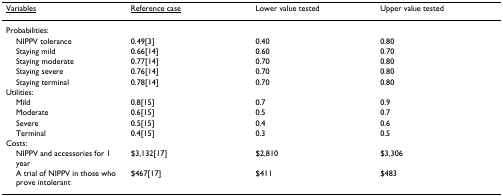
<table><thead><tr><td><b><underline>Variables</underline></b></td><td><b><underline>Reference case</underline></b></td><td><b>Lower value tested</b></td><td><b>Upper value tested</b></td></tr></thead><tbody><tr><td>Probabilities:</td><td></td><td></td><td></td></tr><tr><td> NIPPV tolerance</td><td>0.49[3]</td><td>0.40</td><td>0.80</td></tr><tr><td> Staying mild</td><td>0.66[14]</td><td>0.60</td><td>0.70</td></tr><tr><td> Staying moderate</td><td>0.77[14]</td><td>0.70</td><td>0.80</td></tr><tr><td> Staying severe</td><td>0.76[14]</td><td>0.70</td><td>0.80</td></tr><tr><td> Staying terminal</td><td>0.78[14]</td><td>0.70</td><td>0.80</td></tr><tr><td>Utilities:</td><td></td><td></td><td></td></tr><tr><td> Mild</td><td>0.8[15]</td><td>0.7</td><td>0.9</td></tr><tr><td> Moderate</td><td>0.6[15]</td><td>0.5</td><td>0.7</td></tr><tr><td> Severe</td><td>0.5[15]</td><td>0.4</td><td>0.6</td></tr><tr><td> Terminal</td><td>0.4[15]</td><td>0.3</td><td>0.5</td></tr><tr><td>Costs:</td><td></td><td></td><td></td></tr><tr><td> NIPPV and accessories for 1 year</td><td>$3,132[17]</td><td>$2,810</td><td>$3,306</td></tr><tr><td> A trial of NIPPV in those who prove intolerant</td><td>$467[17]</td><td>$411</td><td>$483</td></tr></tbody></table>